Indian journal of veterinary science and animal husbandry - Volumes 26-27, 1956-1957
Year: 1956
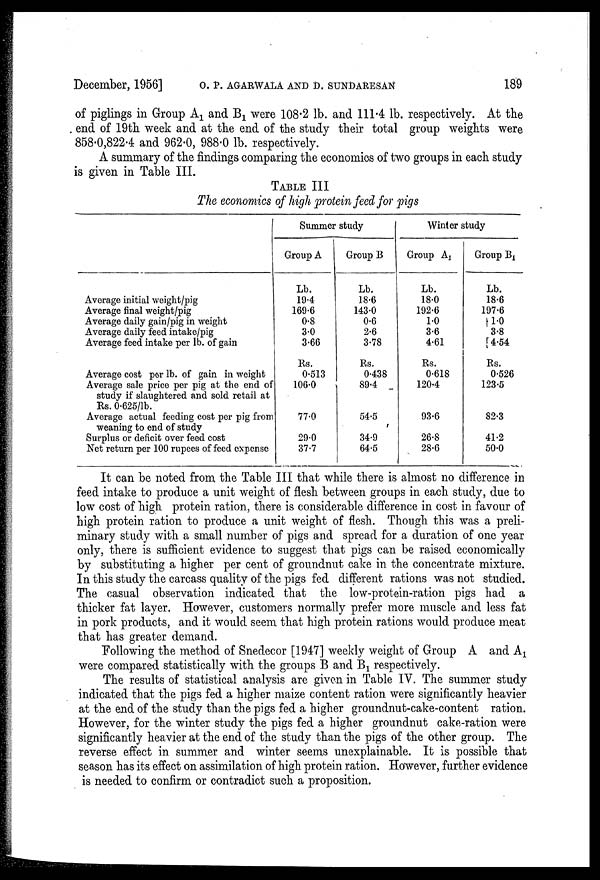
December, 1956] O. P. AGARWALA AND D. SUNDARESAN 189
of piglings in Group A 1 and B 1 were 108.2 lb. and 111.4 lb. respectively. At the
end of 19th week and at the end of the study their total group weights were
858.0,822.4 and 962.0, 988.0 lb. respectively.
A summary of the findings comparing the economics of two groups in each study
is given in Table III.
TABLE III
The economics of high protein feed for pigs
Average initial weight/pig
Average final weight/pig
Average daily gain/pig in weight
Average daily feed intake/pig
Average feed intake per lb. of gain
Average cost per lb. of gain in weight
Average sale price per pig at the end of
study if slaughtered and sold retail at
Rs. 0.625/lb.
Average actual feeding cost per pig from
weaning to end of study
Surplus or deficit over feed cost
Net return per 100 rupees of feed expense
Summer study
Group A
Lb.
19.4
169.6
0.8
3.0
3.66
Rs.
0.513
106.0
77.0
29.0
37.7
Group B
Lb.
18.6
143.0
0.6
2.6
3.78
Rs.
0.438
89.4
54.5
34.9
64.5
Winter study
Group A 1
Lb.
18.0
192.6
1.0
3.6
4.61
Rs.
0.618
120.4
93.6
26.8
28.6
Group B 1
Lb.
18.6
197.6
1.0
3.8
4.54
Rs.
0.526
123.5
82.3
41.2
50.0
It can be noted from the Table III that while there is almost no difference in
feed intake to produce a unit weight of flesh between groups in each study, due to
low cost of high protein ration, there is considerable difference in cost in favour of
high protein ration to produce a unit weight of flesh. Though this was a preli-
minary study with a small number of pigs and spread for a duration of one year
only, there is sufficient evidence to suggest that pigs can be raised economically
by substituting a higher per cent of groundnut cake in the concentrate mixture.
In this study the carcass quality of the pigs fed different rations was not studied.
The casual observation indicated that the low-protein-ration pigs had a
thicker fat layer. However, customers normally prefer more muscle and less fat
in pork products, and it would seem that high protein rations would produce meat
that has greater demand.
Following the method of Snedecor [1947] weekly weight of Group A and A 1
were compared statistically with the groups B and B 1 respectively.
The results of statistical analysis are given in Table IV. The summer study
indicated that the pigs fed a higher maize content ration were significantly heavier
at the end of the study than the pigs fed a higher groundnut-cake-content ration.
However, for the winter study the pigs fed a higher groundnut cake-ration were
significantly heavier at the end of the study than the pigs of the other group. The
reverse effect in summer and winter seems unexplainable. It is possible that
season has its effect on assimilation of high protein ration. However, further evidence
is needed to confirm or contradict such a proposition.